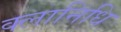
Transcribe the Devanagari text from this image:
क्लानिधि